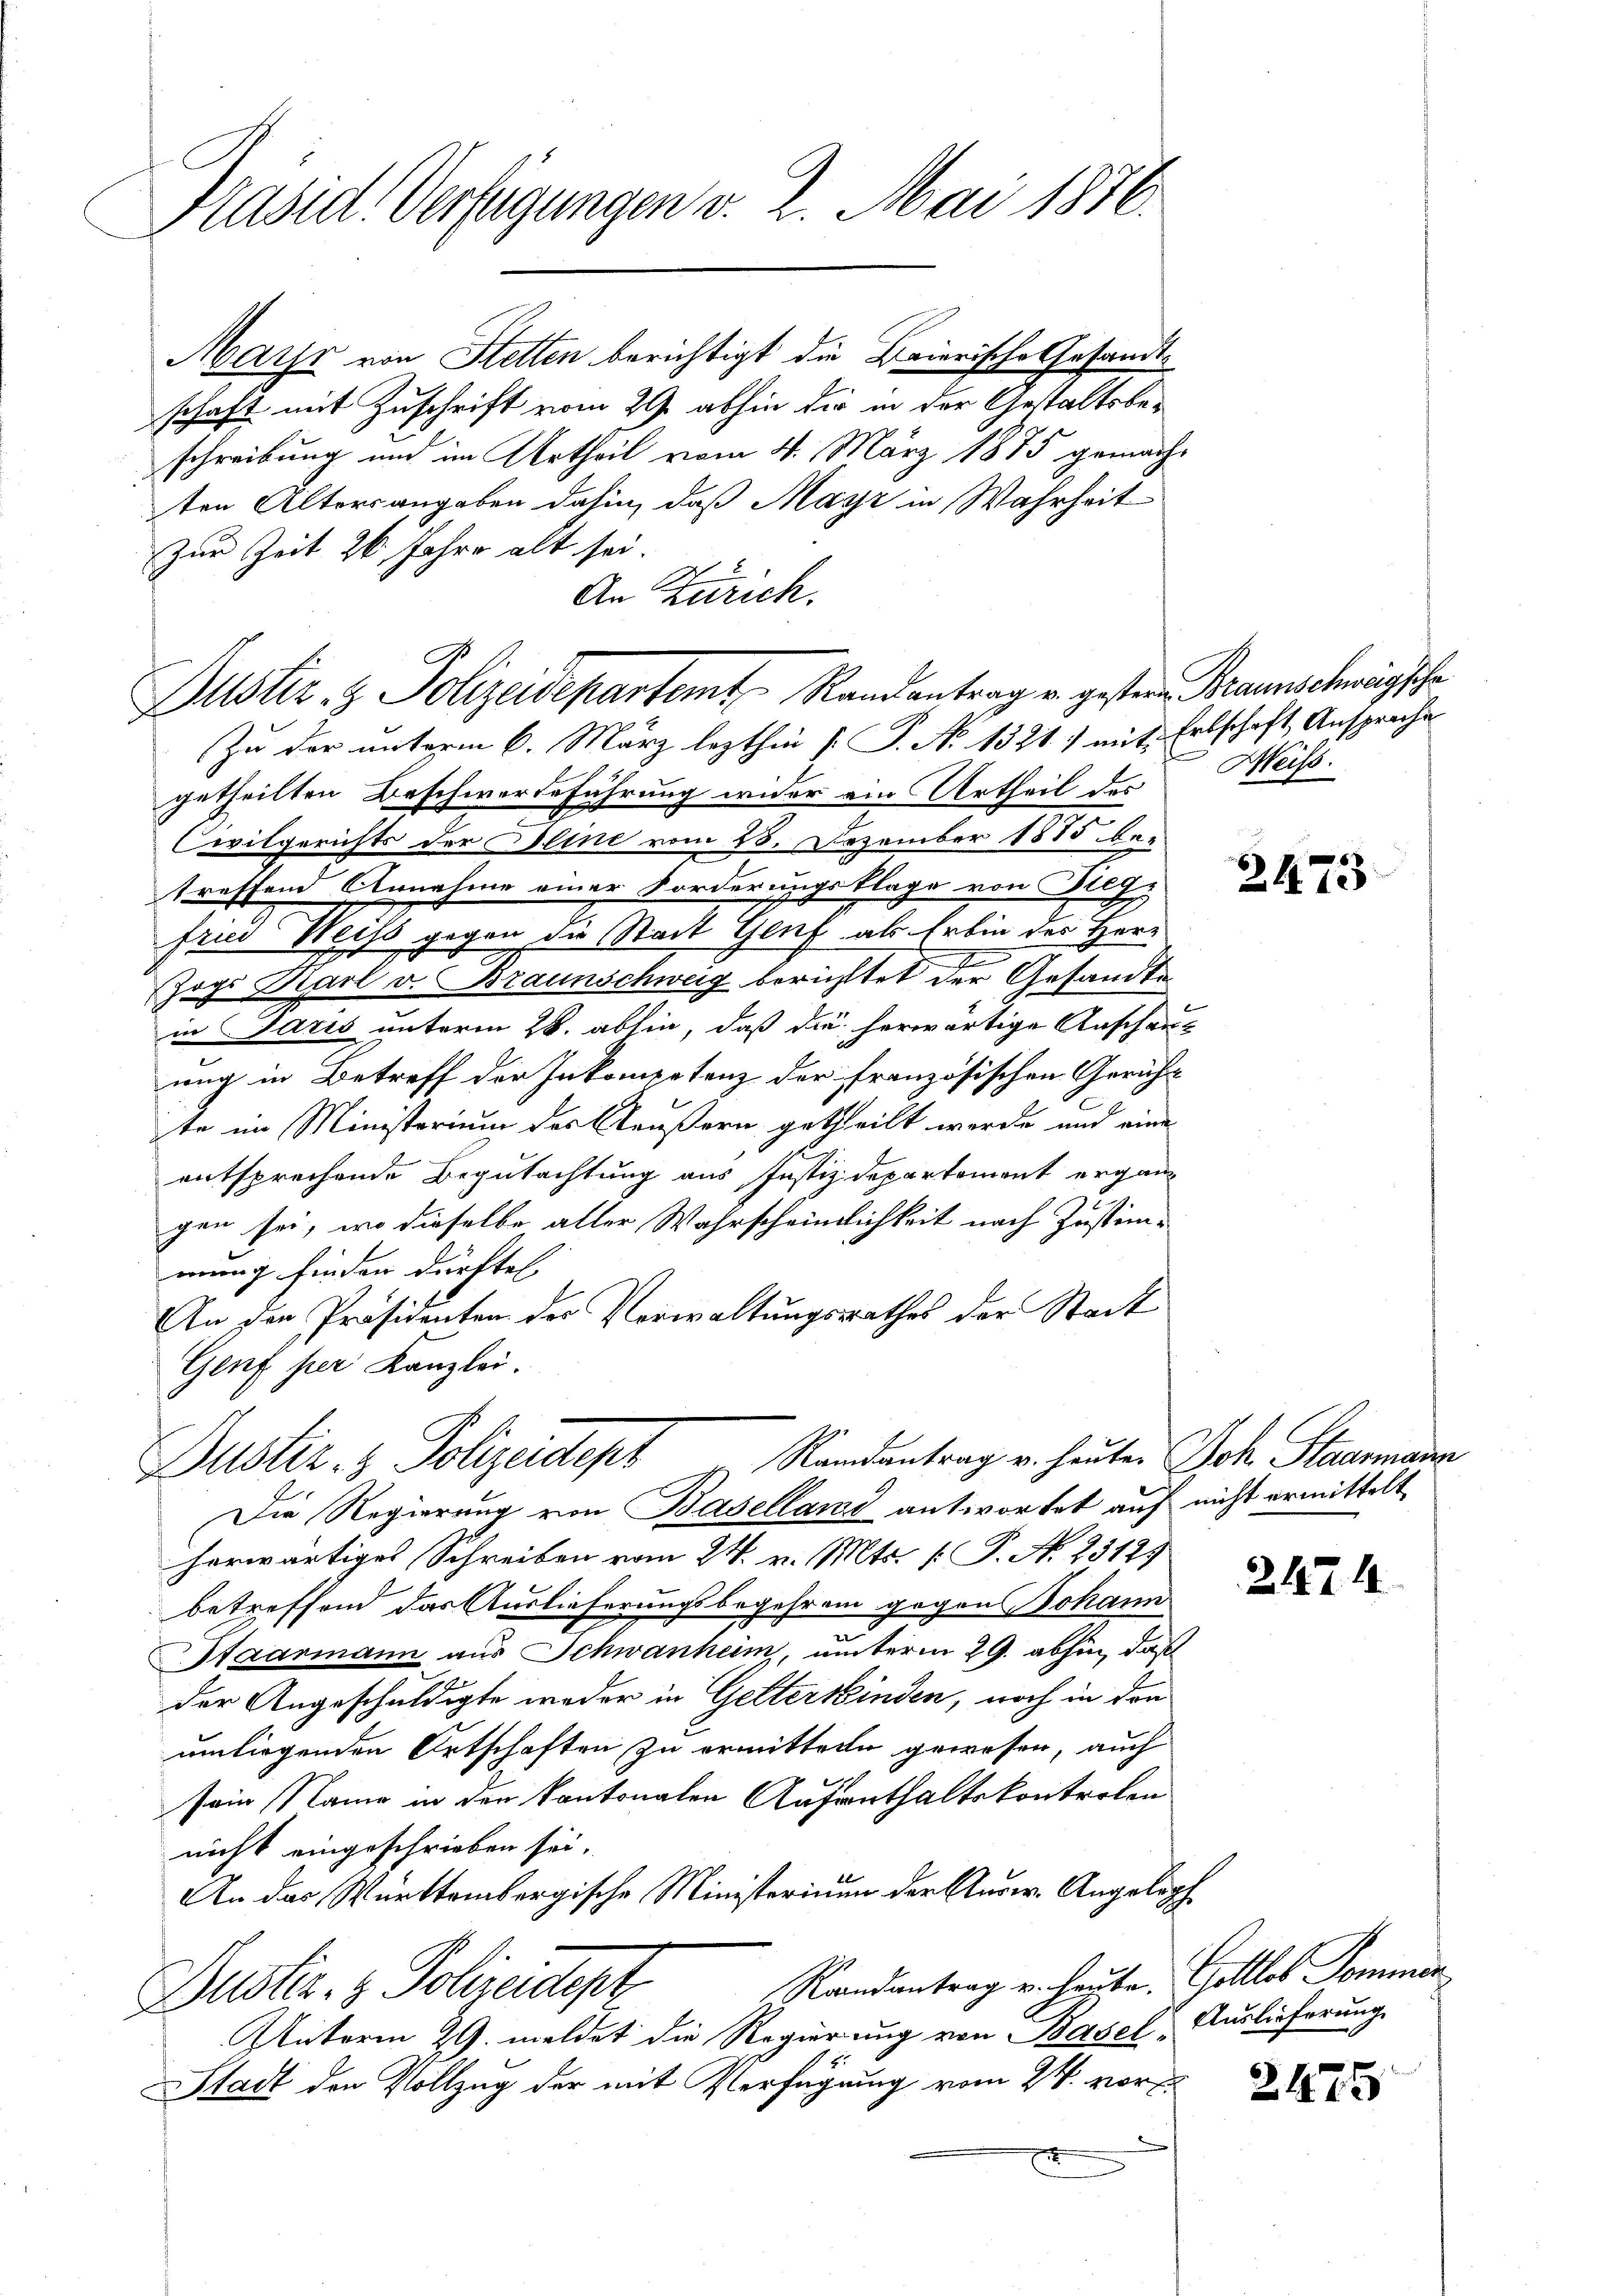
Präsid. Verfügungen v. 2. Mai 1876.

Mara von Stetten berichtigt die Baierische Gesandtschaft mit Zuschrift vom 29. abhin die in der Gestaltsbeschreibung und im Urtheil vom 4. März 1875 gemacht
ten Altersangaben dahin, daß Mayr in Wahrheit
Zur Zeit 26. Jahre alt sei.
An Zürich.

Justiz- & Polizeidepartamt Randantrag u. geste

Zu der unterm 6. März lezthin [S. No 1321) mit Erbschaft Ansprache
getheilten Beschwerdeführung wider ein Urtheil der Meiss.
Civilgerichts der Bline vom 28. Dezember 1885 betreffend Annahme einer Forderungsklage von Breg
fried Weiss gegen der Stadt Genf als Erbin der Herr
I
Zog. Karl v. Braunschweig berichttet der Gesandte
in Paris unterm 28. abhin, daß die herwärtige Anschauung in Betreff der Inkompetenz der französischen Gericht
te im Ministerium der Aeußern getheilt werde und eine
entsprechende Begutachtung aus Justizdepartement ergan
gen sei, wo dieselbe aller Wahrscheinlichkeit nach Zustimmung finden dürfte,
An der Präsidenten des Verwaltungsrathes der Stadt
Genf per Kanzlei.
Justiz- & Polizeidept Randantrag u. heuten Joh. Staarmann
Die Regierung von Baselland antwortet auf nicht ermittelt
herwärtiges Schreiben vom 24. v. Mts. [ P. N. 2312)
betreffend das Auslieferungsbegehren gegen Johann
Staarmann aus Schwanken, unterm 29. abhin, daß
der Angeschuldigte weder in Gelterkinden, noch in den
umliegenden Ortschaften zu ermitteln gewesen, auch
sein Name in den kantonalen Aufenthaltskontrolen
nicht eingeschrieben sei.
An das Württembergische Ministerium der Aurer. Angeloph
Grandantrag u. heute. Gottlob Sommen
Justiz- & Polizeident
Unterm 29. meldet die Regierung von Basel-
Stadt den Vollzug der mit Verfügung vom 24. vor
.
E

rn Braunschweigsche

2473

2174

Auslieferung

2475